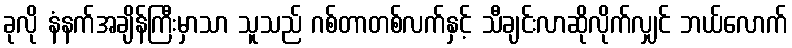
ခုလို နံနက်အချိန်ကြီးမှာသာ သူသည် ဂစ်တာတစ်လက်နှင့် သီချင်းလာဆိုလိုက်လျှင် ဘယ်လောက်